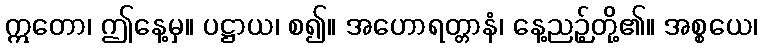
ဣတော၊ ဤနေ့မှ။ ပဋ္ဌာယ၊ စ၍။ အဟောရတ္တာနံ၊ နေ့ညဉ့်တို့၏။ အစ္စယေ၊